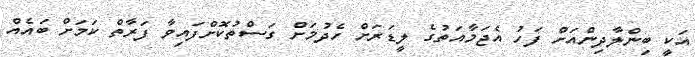
އަކީ ބިންލާދިންއަށް ފަހު އެޖަމާއަތުގެ ލީޑަރަށް ހެދުމަށް ގަސްތުކޮށްފައިވާ ފަރާތް ކަމަށް ބައެއް